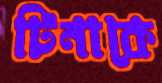
টিনাকে